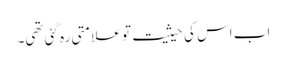
اب اس کی حیثیت تو علامتی رہ گئی تھی۔